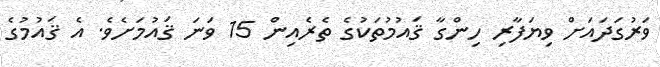
ވަރުގަދައަށް ވިޔަފާރި ހިންގާ ޤައުމުތަކުގެ ތެރެއިން 15 ވަނަ ޤައުމަށެވެ. އެ ޤައުމުގެ